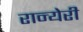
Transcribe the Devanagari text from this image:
रान्येरी